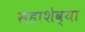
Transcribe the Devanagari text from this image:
सहाशेव्या